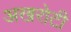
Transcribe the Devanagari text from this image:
अखरोटी